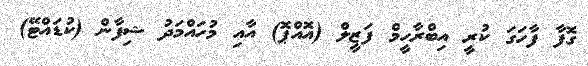
ގޮފާ ފާހަގަ ކުރީ އިބްރާހީމް ފަޒީލް (އޮއްޕޮ) އާއި މުހައްމަދު ޝިފާން (ކުޑައްޓޭ)